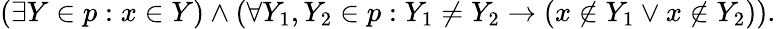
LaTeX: (\exists Y\in p:x\in Y)\land(\forall Y_{1},Y_{2}\in p:Y_{1}\neq Y_{2}\rightarrow(x\notin Y_{1}\lor x\notin Y_{2})).